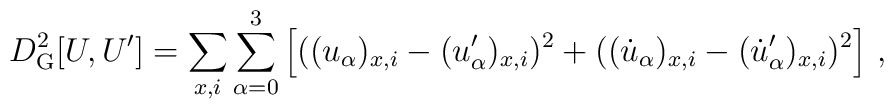
D^2_{\rm G}[U,U'] = \sum\limits_{x,i} \sum\limits_{\alpha =0}^3    \left[ ( (u_\alpha)_{x,i} - (u'_\alpha)_{x,i} )^2     +( (\dot u_\alpha)_{x,i} - (\dot u'_\alpha)_{x,i} )^2 \right] \, ,